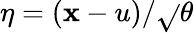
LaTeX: \eta=(\mathbf{x}-u)/\sqrt{}{{\theta}}